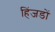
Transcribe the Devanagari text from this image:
हिंजडों